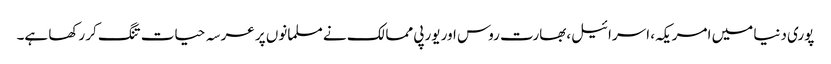
پوری دنیا میں امریکہ، اسرائیل،بھارت روس اور یورپی ممالک نے مسلمانوں پر عرسہ حیات تنگ کر رکھا ہے۔